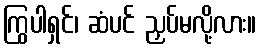
ကြွပါရှင်၊ ဆံပင် ညှပ်မလို့လား။